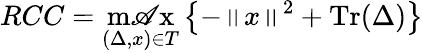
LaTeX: RCC=\operatorname*{m\mathscr{A}x}_{(\Delta,x)\in{T}}\left\{ -\left\| x\right\| ^{2}+\operatorname{Tr}(\Delta)\right\}